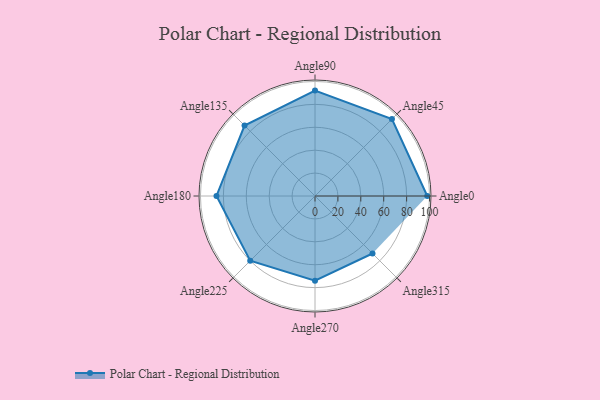
{"axis": {"x": "Angle", "y": "Radius"}, "legend": [""], "data": [{"x": "Angle0", "y": 98.0, "type": ""}, {"x": "Angle45", "y": 95.0, "type": ""}, {"x": "Angle90", "y": 92.0, "type": ""}, {"x": "Angle135", "y": 87.0, "type": ""}, {"x": "Angle180", "y": 86.0, "type": ""}, {"x": "Angle225", "y": 80.0, "type": ""}, {"x": "Angle270", "y": 74.0, "type": ""}, {"x": "Angle315", "y": 71.0, "type": ""}]}